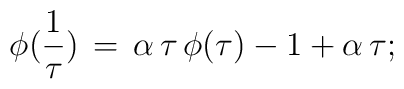
\phi(\frac{1}{\tau})\, = \, \alpha \, \tau \,\phi(\tau)-1 + \alpha \,  \tau ;